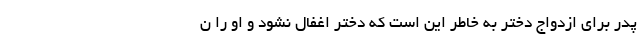
پدر برای ازدواج دختر به خاطر این است که دختر اغفال نشود و او را ن